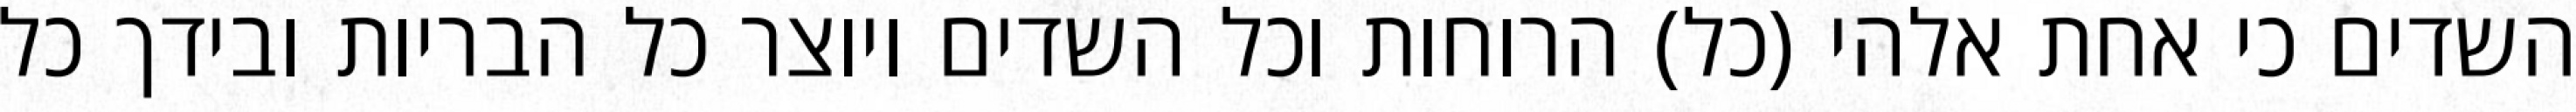
השדים כי אחת אלהי (כל) הרוחות וכל השדים ויוצר כל הבריות ובידך כל